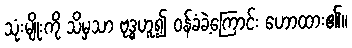
သုံးမျိုးကို သိမှသာ ဗုဒ္ဓဟူ၍ ဝန်ခံခဲ့ကြောင်း ဟောထား၏။